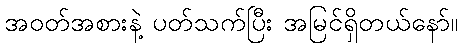
အဝတ်အစားနဲ့ ပတ်သက်ပြီး အမြင်ရှိတယ်နော်။